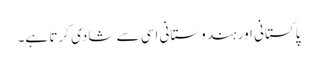
پاکستانی اور ہندوستانی اسی سے شادی کرتا ہے۔